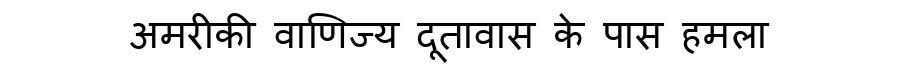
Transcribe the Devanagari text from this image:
अमरीकी वाणिज्य दूतावास के पास हमला